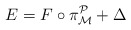
\begin{align*}E=F\circ \pi _{\mathcal{M}}^{\mathcal{P}}+\Delta \end{align*}